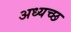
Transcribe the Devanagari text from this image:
अध्यच्छ